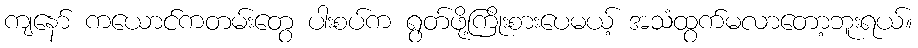
ကျနော် ကယောင်ကတမ်းတွေ ပါးစပ်က ရွတ်ဖို့ကြိုးစားပေမယ့် အသံထွက်မလာတော့ဘူးရယ်။